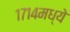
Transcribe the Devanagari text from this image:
१७१४मध्ये